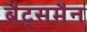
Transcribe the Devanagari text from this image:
बैट्समैन